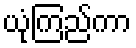
ယုံကြည်ကာ